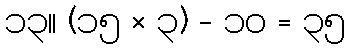
၁၃။ (၁၅ × ၃) - ၁၀ = ၃၅